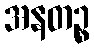
အနတဉ္စ